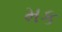
મક